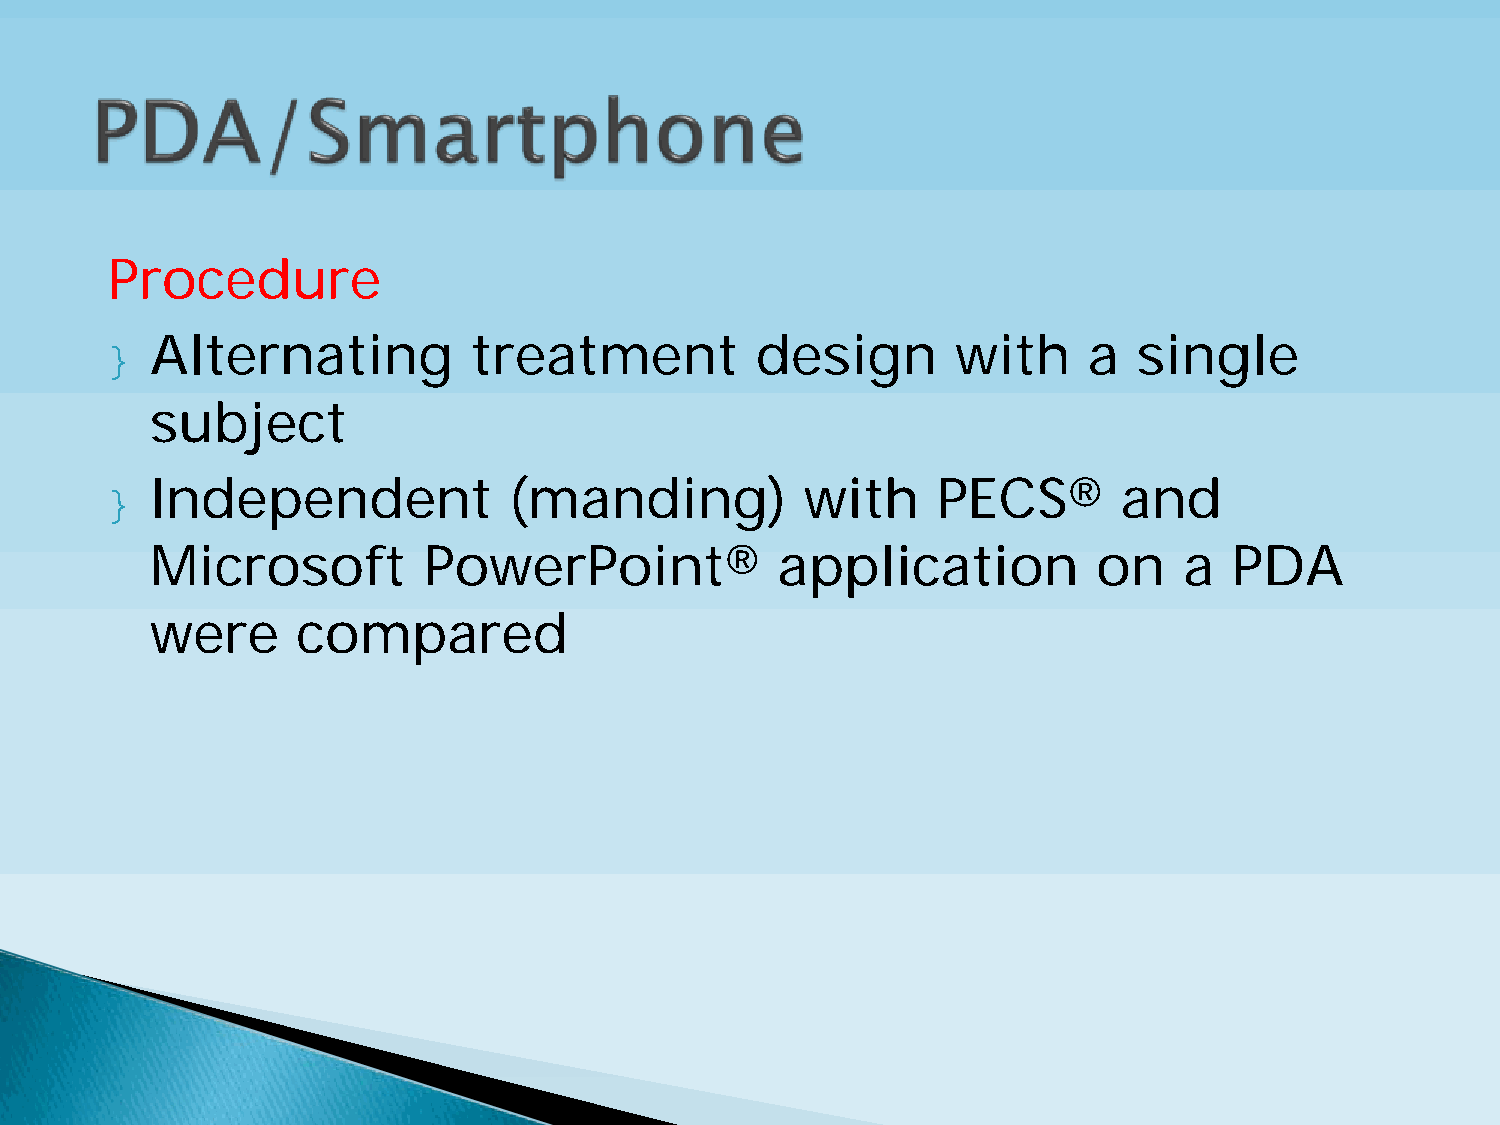
Procedure
 }  Alternating          treatment          design       with     a  single
 subject
 }  Independent             (manding)          with     PECS®       and
 Microsoft         PowerPoint®            application           on   a   PDA
 were      compared